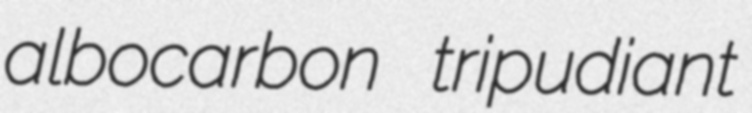
albocarbon tripudiant